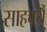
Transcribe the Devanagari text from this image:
साहचर्यै